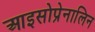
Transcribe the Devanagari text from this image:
आइसोप्रेनालिन